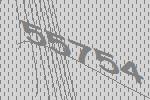
55754